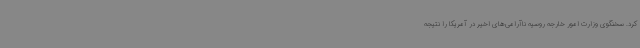
کرد. سخنگوی وزارت امور خارجه روسیه ناآرامی‌های اخیر در آمریکا را نتیجه